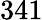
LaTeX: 341